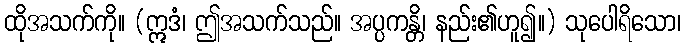
ထိုအသက်ကို။ (ဣဒံ၊ ဤအသက်သည်။ အပ္ပကန္တိ၊ နည်း၏ဟူ၍။) သုပေါရိသော၊